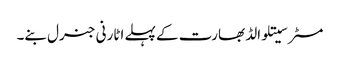
مسٹر سیتلوالڈ بھارت کے پہلے اٹارنی جنرل بنے۔